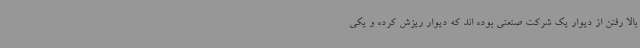
بالا رفتن از دیوار یک شرکت صنعتی بوده اند که دیوار ریزش کرده و یکی